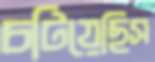
চটিয়েছিস